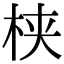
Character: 𬂩